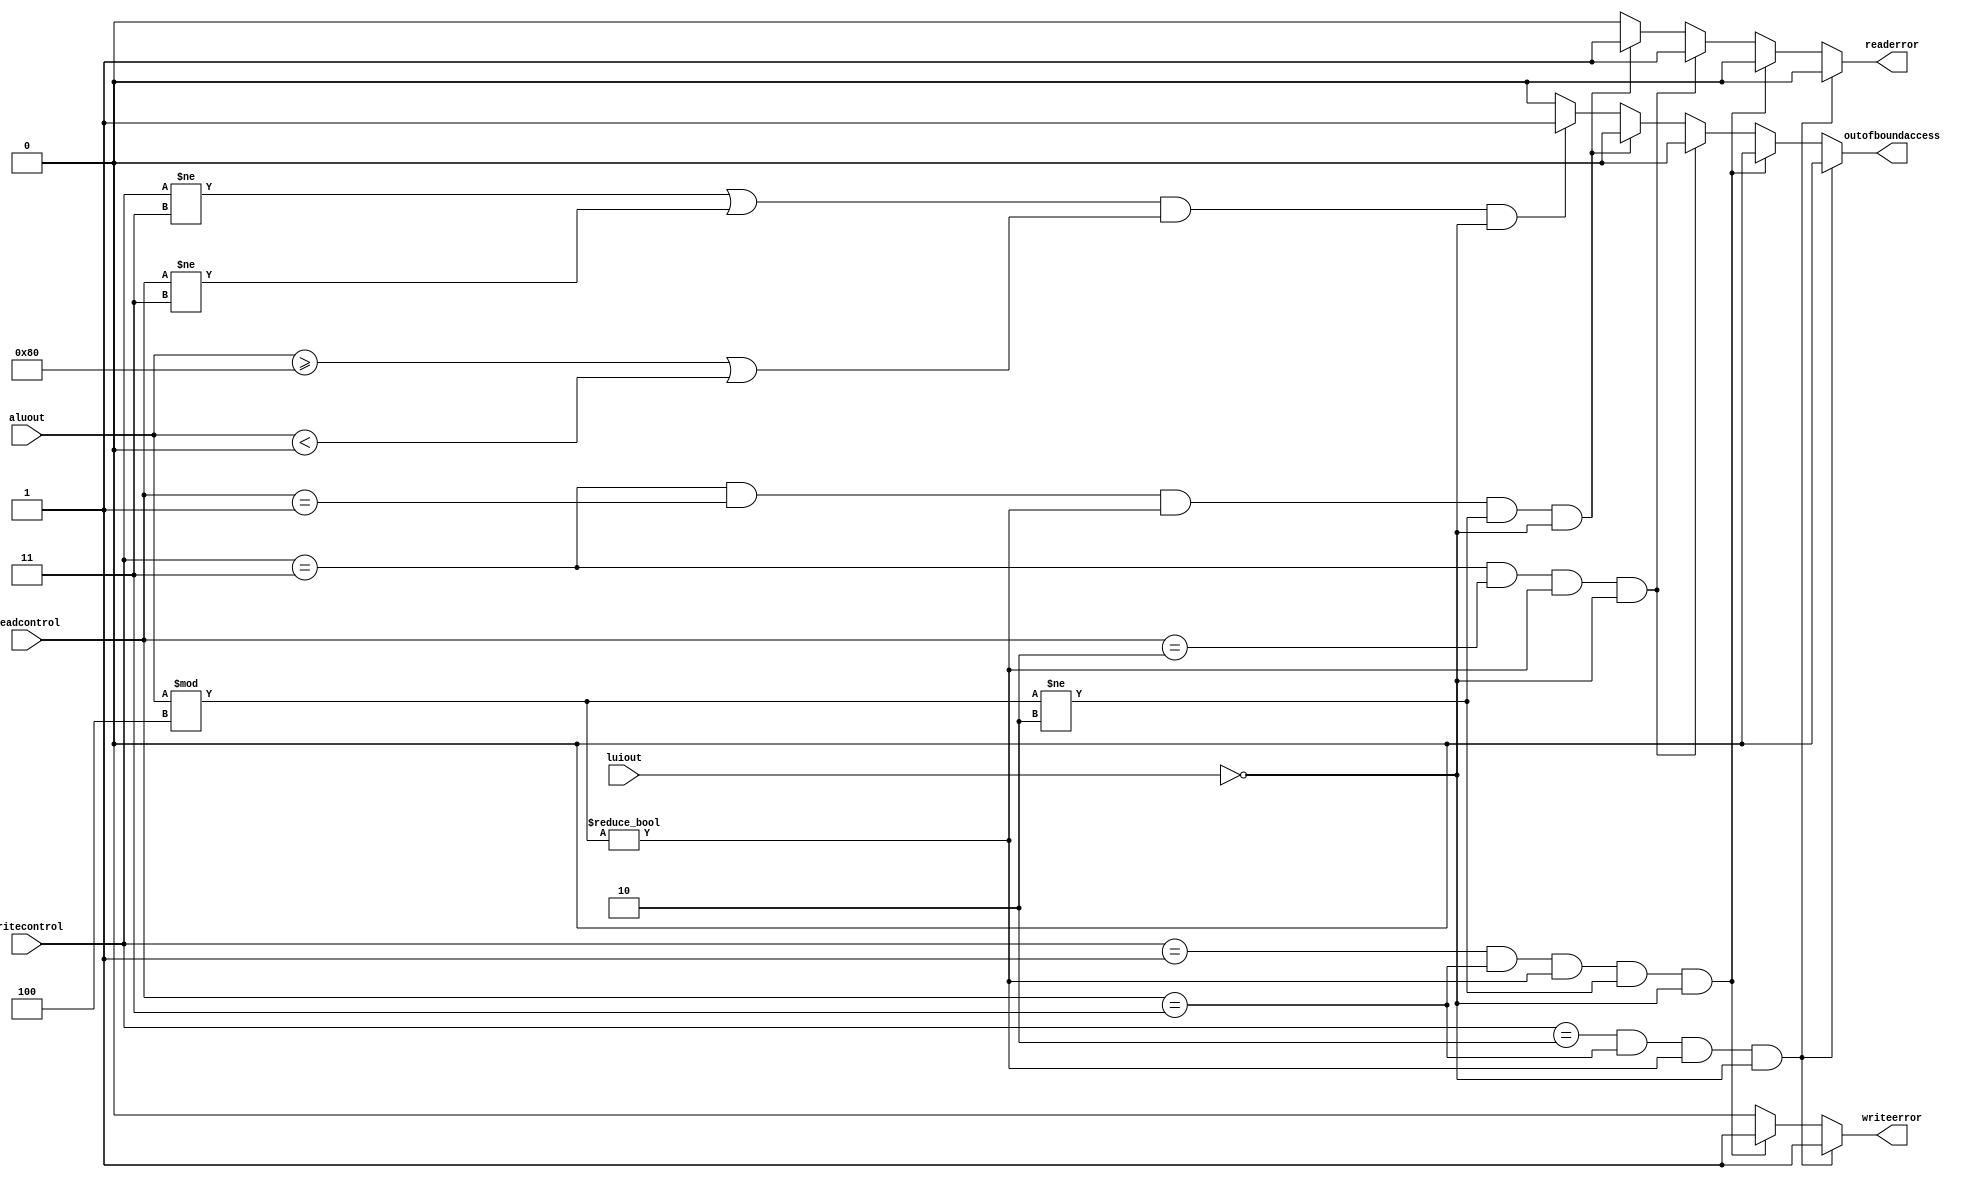
`timescale 1ns / 1ps
//////////////////////////////////////////////////////////////////////////////////
// Company: 
// Engineer: 
// 
// Design Name: 
// Module Name:    memory_miss 
// Project Name: 
// Target Devices: 
// Tool versions: 
// Description: 
//
// Dependencies: 
//
// Revision: 
// Revision 0.01 - File Created
// Additional Comments: 
//
//////////////////////////////////////////////////////////////////////////////////
module memory_miss(aluout,writecontrol,readcontrol,readerror,writeerror,outofboundaccess,luiout
    );
input wire [31:0] aluout;
input wire luiout;
input wire [1:0] writecontrol;
input wire [1:0] readcontrol;
output reg readerror;
output reg writeerror;
output reg outofboundaccess;
initial begin
readerror<=0;
writeerror<=0;
outofboundaccess<=0;
end

always@(*)begin
if (writecontrol==2 && readcontrol==3 && aluout%4!=0 && luiout==0)begin
writeerror<=1;
readerror<=0;
outofboundaccess<=0;
end
else if (writecontrol==1 && readcontrol==3 && aluout%4!=0 && aluout%4!=2 && luiout==0)begin
writeerror<=1;
readerror<=0;
outofboundaccess<=0;
end
else if (writecontrol==3 && readcontrol==2 && aluout%4!=0 && luiout==0)begin
writeerror<=0;
readerror<=1;
outofboundaccess<=0;
end
else if (writecontrol==3 && readcontrol==1 && aluout%4!=0 && aluout%4!=2 && luiout==0)begin
writeerror<=0;
readerror<=1;
outofboundaccess<=0;
end
else if ((writecontrol!=3 || readcontrol!=3) && ($signed(aluout)>=128 || $signed(aluout)<0) && luiout==0)begin
writeerror<=0;
readerror<=0;
outofboundaccess<=1;
end 
else begin
writeerror<=0;
readerror<=0;
outofboundaccess<=0;
end



end
endmodule